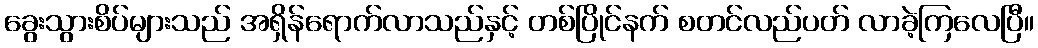
ခွေးသွားစိပ်များသည် အရှိန်ရောက်လာသည်နှင့် တစ်ပြိုင်နက် စတင်လည်ပတ် လာခဲ့ကြလေပြီ။